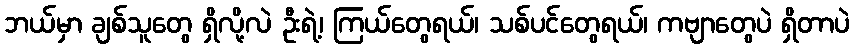
ဘယ်မှာ ချစ်သူတွေ ရှိလို့လဲ ဦးရဲ့၊ ကြယ်တွေရယ်၊ သစ်ပင်တွေရယ်၊ ကဗျာတွေပဲ ရှိတာပဲ